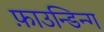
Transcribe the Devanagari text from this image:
फ़ाउन्डिन्ग